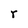
Character: r